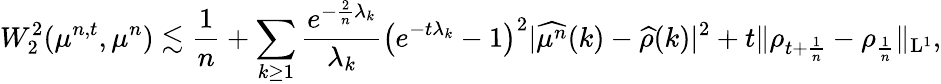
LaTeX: W_{2}^{2}(\mu^{n,t},\mu^{n})\lesssim\frac{1}{n}+\sum_{k\geq 1}\frac{e^{-\frac{2}{n}\lambda_{k}}}{\lambda_{k}}\big(e^{-t\lambda_{k}}-1\big)^{2}\vert\widehat{\mu^{n}}(k)-\widehat{\rho}(k)\vert^{2}+t\| \rho_{t+\frac{1}{n}}-\rho_{\frac{1}{n}}\| _{\mathrm{L}^{1}},